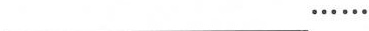
___……